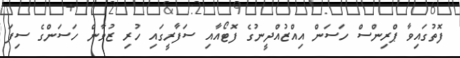
ފޮތުގައިވާ ޕްރިންސް ހަސަން އިއްޒުއްދީނުގެ ފޮޓޯއާއި ސަފާރީގައި ހުރި ޒުވާން ހަސަންގެ ސިފަ